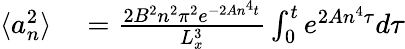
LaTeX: \begin{array}{rl}{\langle a_{n}^{2}\rangle}&{{}=\frac{2B^{2}n^{2}\pi^{2}e^{-2An^{4}t}}{L_{x}^{3}}\int_{0}^{t}e^{2An^{4}\tau}d\tau}\end{array}